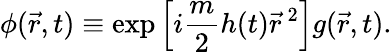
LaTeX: \phi(\vec{r},t)\equiv\exp\left[i\frac{m}{2}h(t){\vec{r}}^{\ 2}\right]g(\vec{r},t).